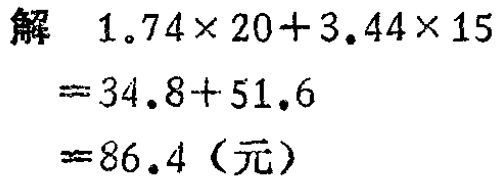
解
\[
\begin{align*}
&1.74\times20 + 3.44\times15\\
=&34.8 + 51.6\\
=&86.4 \text{（元）}
\end{align*}
\]